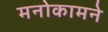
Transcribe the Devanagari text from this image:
मनोकामने